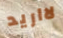
لااريد